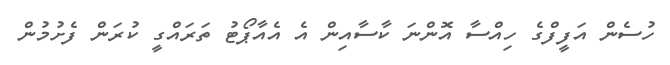
ހުސެން އަފީފްގެ ހިއްސާ އޮންނަ ކާސާއިން އެ އެއާޕޯޓު ތަރައްގީ ކުރަން ފެށުމުން